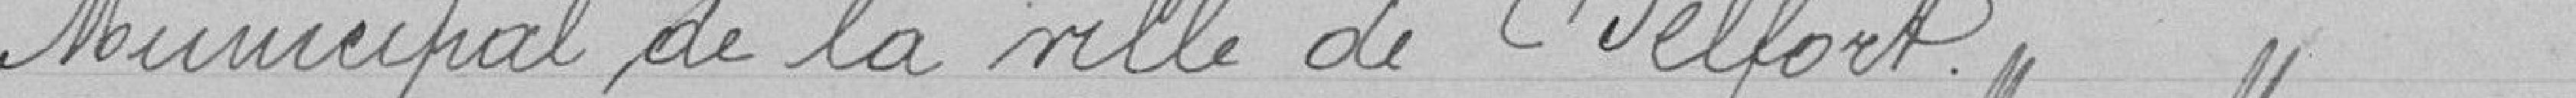
Municipal de la ville de Belfort.